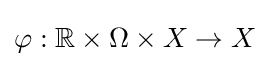
\varphi :\mathbb {R} \times \Omega \times X\to X